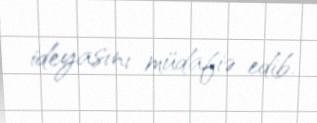
ideyasını müdafiə edib.